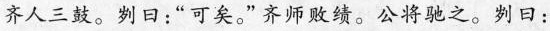
齐人三鼓。刿日：“可矣。”齐师败绩。公将驰之。刿日：